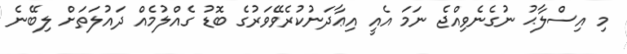
މި އިސްލާޙު ނުގެނެވިއްޖެ ނަމަ އެއީ އިޢާދަނުކުރެވޭވަރުގެ ބޮޑު ގެއްލުމެއް ދައުލަތަށް ލިބޭނެ